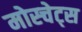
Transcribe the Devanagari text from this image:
मोस्चेट्स